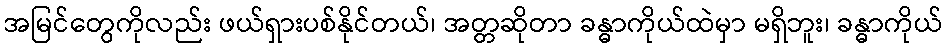
အမြင်တွေကိုလည်း ဖယ်ရှားပစ်နိုင်တယ်၊ အတ္တဆိုတာ ခန္ဓာကိုယ်ထဲမှာ မရှိဘူး၊ ခန္ဓာကိုယ်